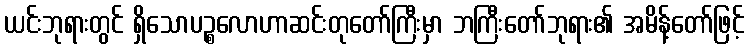
ယင်းဘုရားတွင် ရှိသောပဉ္စလောဟာဆင်းတုတော်ကြီးမှာ ဘကြီးတော်ဘုရား၏ အမိန့်တော်ဖြင့်